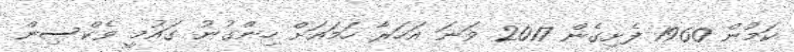
ކަމުން 1960 ފެށިގެން 2017 ވަނަ އަހަރާ ހަމައަށް ހިންގުނު ގައުމީ ވެކްސިން